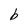
Character: b